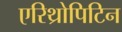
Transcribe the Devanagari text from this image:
एरिथ्रोपिटिन